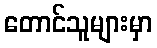
တောင်သူများမှာ